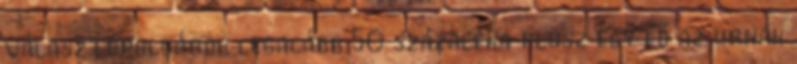
választópolgárok legalább 50 százaléka plusz egy fő az urnák